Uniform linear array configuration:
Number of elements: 16
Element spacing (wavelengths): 0.75
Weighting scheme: exponential
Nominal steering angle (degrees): -30
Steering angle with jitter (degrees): -28.132
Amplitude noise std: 0.05
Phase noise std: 0.05

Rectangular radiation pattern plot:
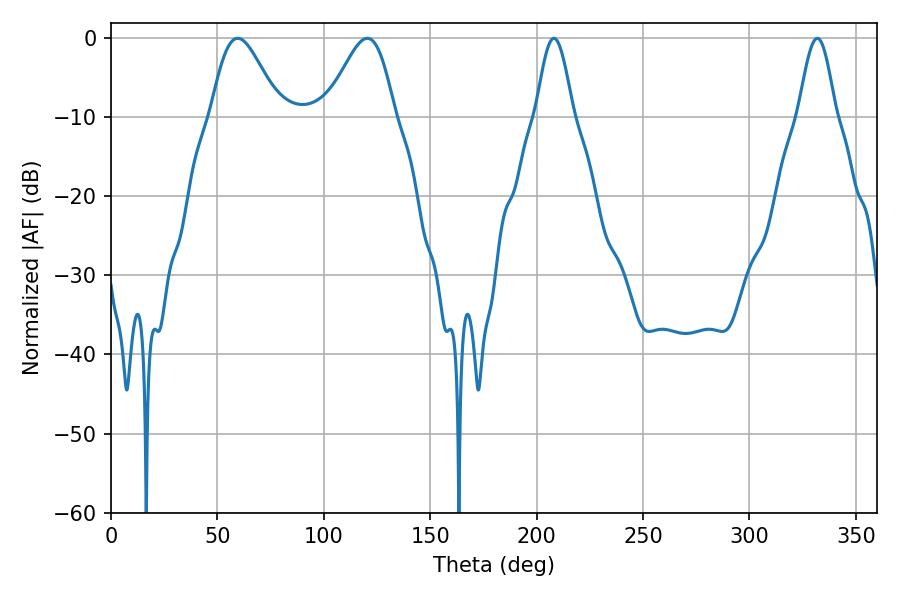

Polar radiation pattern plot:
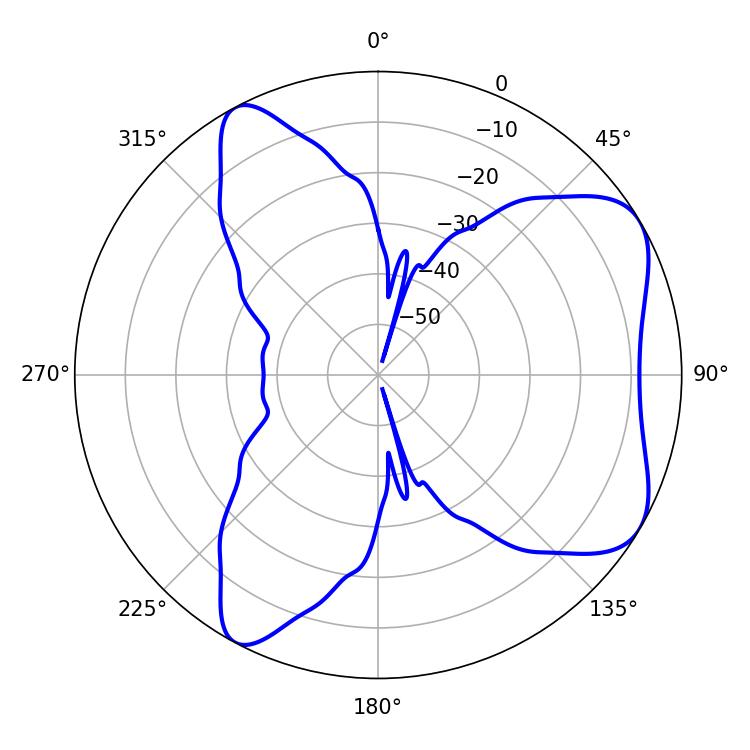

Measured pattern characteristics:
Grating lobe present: TRUE
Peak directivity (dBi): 6.449
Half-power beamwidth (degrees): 17.1
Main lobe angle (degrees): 59.58